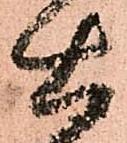
右